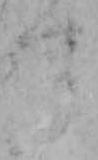
す